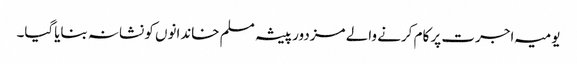
یومیہ اجرت پر کام کرنے والے مزدور پیشہ مسلم خاندانوں کو نشانہ بنایاگیا۔